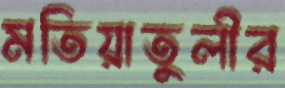
মতিয়াতুলীর